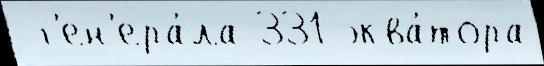
 г'ен'ера́ла 331 эква́тора